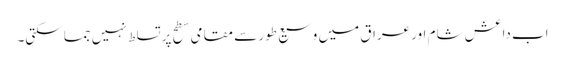
اب داعش شام اور عراق میں وسیع طور سے مقامی سطح پر تسلط نہیں جما سکتی۔